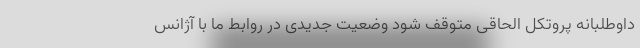
داوطلبانه پروتکل الحاقی متوقف شود وضعیت جدیدی در روابط ما با آژانس